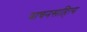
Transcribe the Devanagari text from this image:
वाचनसाहित्य